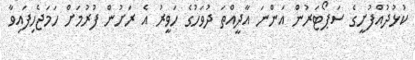
ކުޅުދުއްފުށީގެ ސަޕޯޓަރުން އަންނަ އާދީއްތަ ދުވަހުގެ ހަވީރު އެ ރަށުން ފުރުމަށް ހަމަޖެހިފައިވާ